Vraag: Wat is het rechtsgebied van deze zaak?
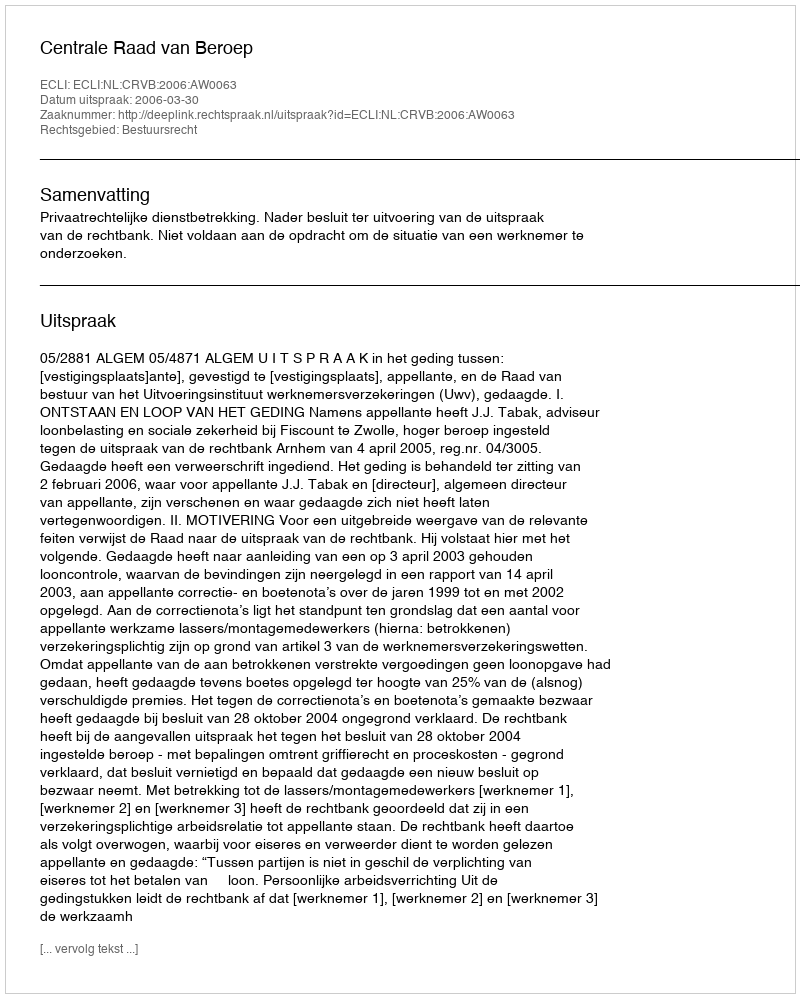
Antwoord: Bestuursrecht